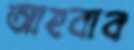
আহবাব